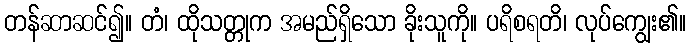
တန်ဆာဆင်၍။ တံ၊ ထိုသတ္တုက အမည်ရှိသော ခိုးသူကို။ ပရိစရတိ၊ လုပ်ကျွေး၏။